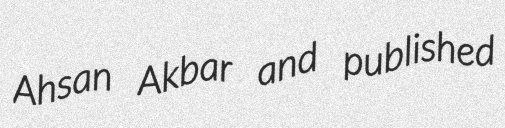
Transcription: Ahsan Akbar and published